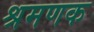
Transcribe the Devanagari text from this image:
श्रमणक